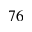
^ { 7 6 }